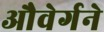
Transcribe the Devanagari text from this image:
औवेर्गने